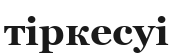
тіркесуі